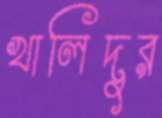
খালিদুর